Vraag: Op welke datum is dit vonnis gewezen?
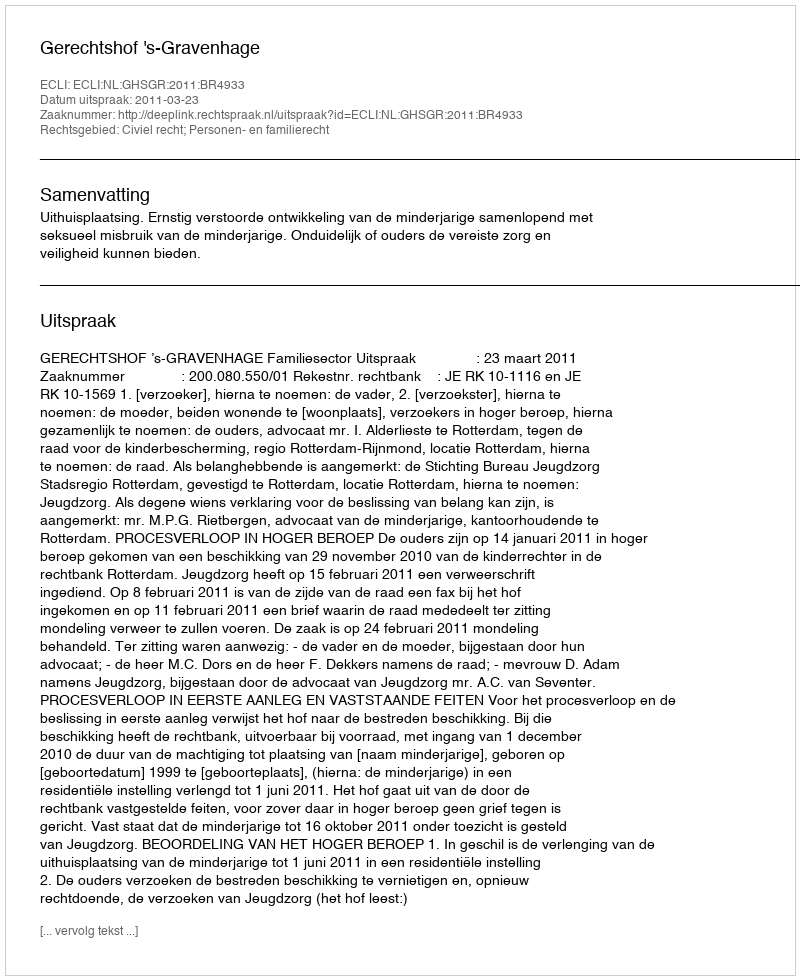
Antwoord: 2011-03-23